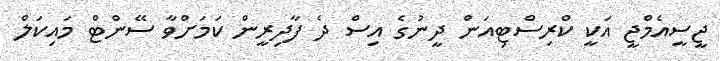
ޖީސީއެމްޖީ އަކީ ކްރިސްޓިއަން ދީނުގެ އިސް ދެ ފާދިރީން ކަމަށްވާ ސޭންޓް މައިކަލް